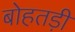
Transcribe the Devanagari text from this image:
बोहतड़ी